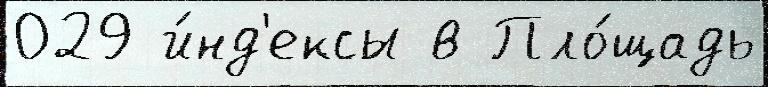
029 и́нд'ексы в Пло́щадь